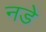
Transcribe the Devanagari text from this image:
नडे